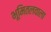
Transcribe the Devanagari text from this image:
भूमितलवाला